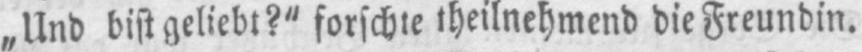
„Und bist geliebt?“ forschte theilnehmend die Freundin.